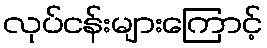
လုပ်ငန်းများကြောင့်